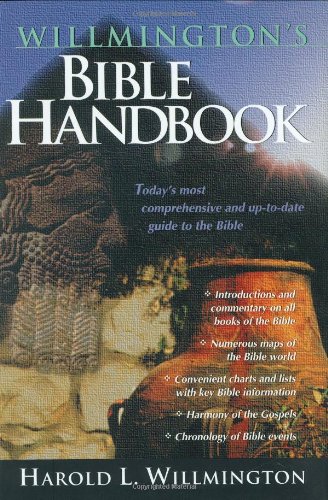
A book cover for Willmington's Bible Handbook; Harold L. Willmington; Christian Books & Bibles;